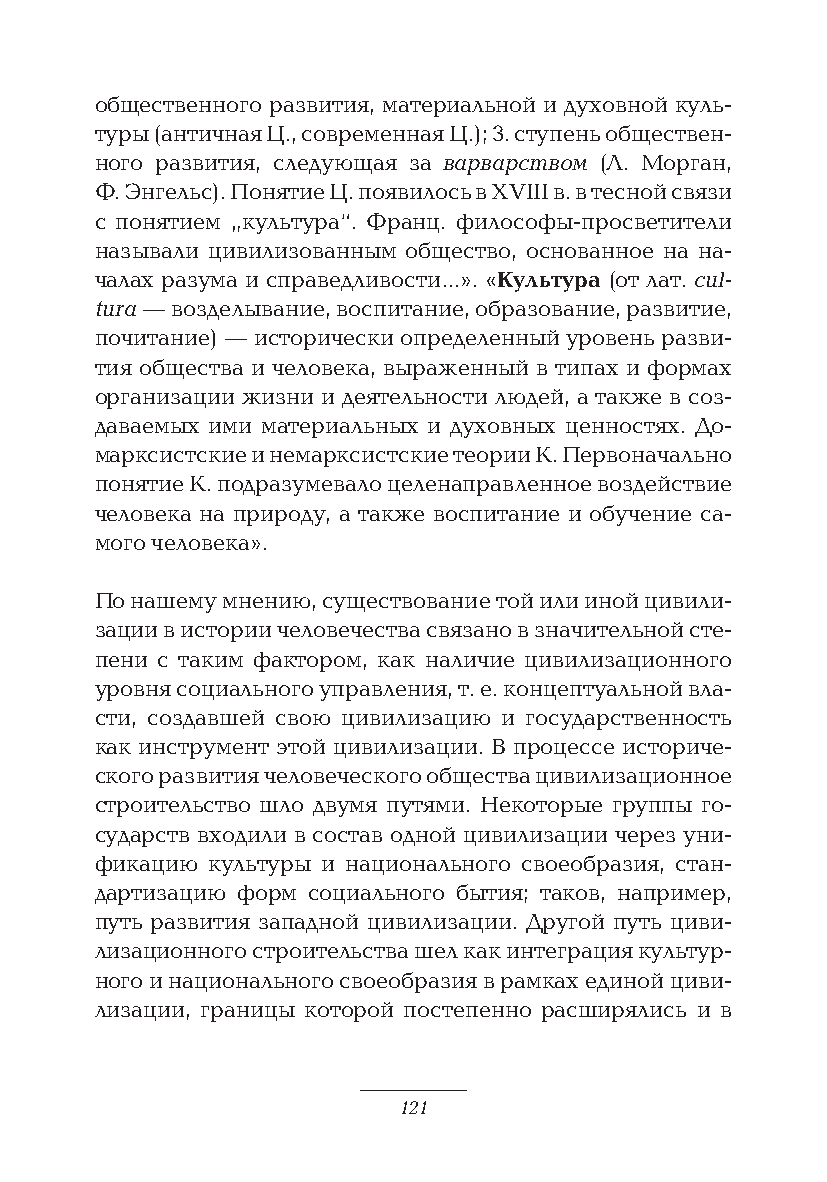
общественного развития, материальной и духовной куль-
 туры (античная Ц., современная Ц.); 3. ступень обществен-
 ного развития, следующая за варварством (Л. Морган,
 Ф. Энгельс). Понятие Ц. появилось в XVIII в. в тесной связи
 с понятием „культура“. Франц. философы-просветители
 называли цивилизованным общество, основанное на на-
 чалах разума и справедливости…». «Культура (от лат. cul-
 tura — возделывание, воспитание, образование, развитие,
 почитание) — исторически определенный уровень разви-
 тия общества и человека, выраженный в типах и формах
 организации жизни и деятельности людей, а также в соз-
 даваемых ими материальных и духовных ценностях. До-
 марксистские и немарксистские теории К. Первоначально
 понятие К. подразумевало целенаправленное воздействие
 человека на природу, а также воспитание и обучение са-
 мого человека».
 По нашему мнению, существование той или иной цивили-
 зации в истории человечества связано в значительной сте-
 пени с таким фактором, как наличие цивилизационного
 уровня социального управления, т. е. концептуальной вла-
 сти, создавшей свою цивилизацию и государственность
 как инструмент этой цивилизации. В процессе историче-
 ского развития человеческого общества цивилизационное
 строительство шло двумя путями. Некоторые группы го-
 сударств входили в состав одной цивилизации через уни-
 фикацию культуры и национального своеобразия, стан-
 дартизацию форм социального бытия; таков, например,
 путь развития западной цивилизации. Другой путь циви-
 лизационного строительства шел как интеграция культур-
 ного и национального своеобразия в рамках единой циви-
 лизации, границы которой постепенно расширялись и в
 121